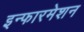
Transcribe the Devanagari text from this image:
इन्फारमेशन